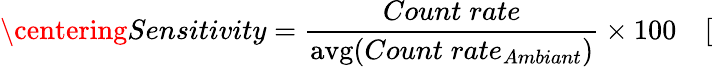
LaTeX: \centering Sensitivity=\frac{Count\; rate}{{\mathrm{avg}(Count\; rate_{Ambiant})}}\times 100\quad[\